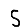
Digit: 5